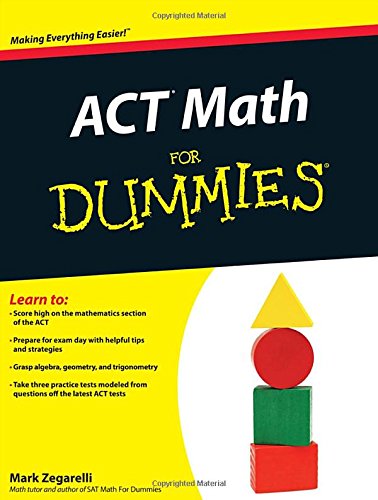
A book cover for ACT Math For Dummies; Mark Zegarelli; Test Preparation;